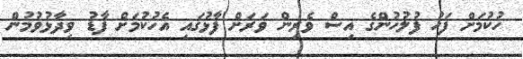
ހުކުމަށް ފަހު ފުލުހުންގެ އިސް ވެރިން ވަރަށް ފާޅުގައި އެހުކުމަށް ފާޑު ވިދާޅުވުމުން